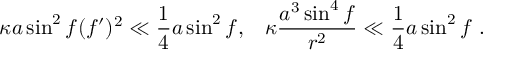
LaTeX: \kappa a \sin ^ { 2 } f ( f ^ { \prime } ) ^ { 2 } \ll \frac { 1 } { 4 } a \sin ^ { 2 } f , \; \; \; \kappa \frac { a ^ { 3 } \sin ^ { 4 } f } { r ^ { 2 } } \ll \frac { 1 } { 4 } a \sin ^ { 2 } f \ .